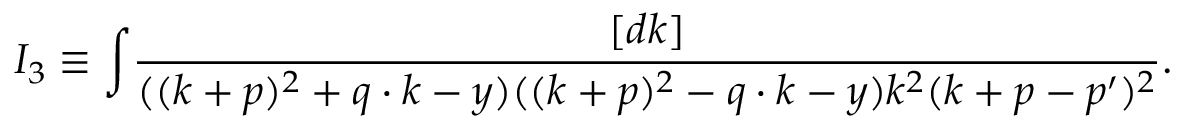
I _ { 3 } \equiv \int \! \frac { [ d k ] } { ( ( k + p ) ^ { 2 } + q \cdot k - y ) ( ( k + p ) ^ { 2 } - q \cdot k - y ) k ^ { 2 } ( k + p - p ^ { \prime } ) ^ { 2 } } .